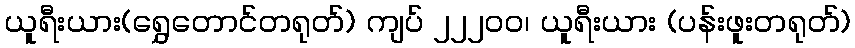
ယူရီးယား(ရွှေတောင်တရုတ်) ကျပ် ၂၂၂၀ဝ၊ ယူရီးယား (ပန်းဖူးတရုတ်)